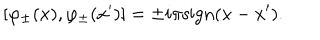
[ \varphi _ { \pm } ( x ) , \varphi _ { \pm } ( x ^ { \prime } ) ] = \pm i \pi \mathrm { s i g n } ( x - x ^ { \prime } ) .